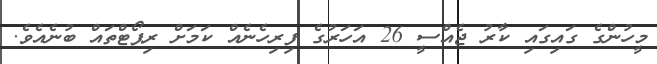
މީހުންގެ ގައިގައި ކާރު ޖެއްސީ 26 އަހަރުގެ ފިރިހެނެއް ކަމަށް ރިޕޯޓްތައް ބުނެއެވެ.